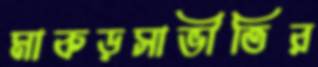
মাকড়সাভীতির